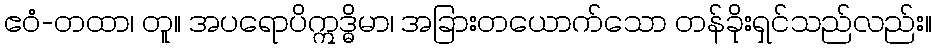
ဧဝံ-တထာ၊ တူ။ အပရောပိဣဒ္ဓိမာ၊ အခြားတယောက်သော တန်ခိုးရှင်သည်လည်း။